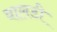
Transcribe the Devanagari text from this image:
वालडी